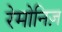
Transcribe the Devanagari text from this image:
रेमोनिज़